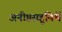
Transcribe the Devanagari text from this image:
अनीष्ठसहूयिर्थे